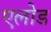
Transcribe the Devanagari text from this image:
एलोड